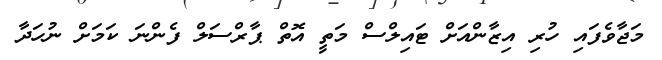
މަޖާވެފައި ހުރި އިޒާންއަށް ޓައިލްސް މަތީ އޮތް ޕާރްސަލް ފެންނަ ކަމަށް ނުހަދާ